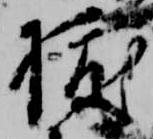
拔